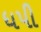
ધપી